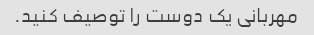
مهربانی یک دوست را توصیف کنید.